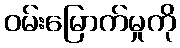
ဝမ်းမြောက်မှုကို